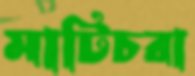
মাটিচরা